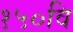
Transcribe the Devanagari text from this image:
१५०वि